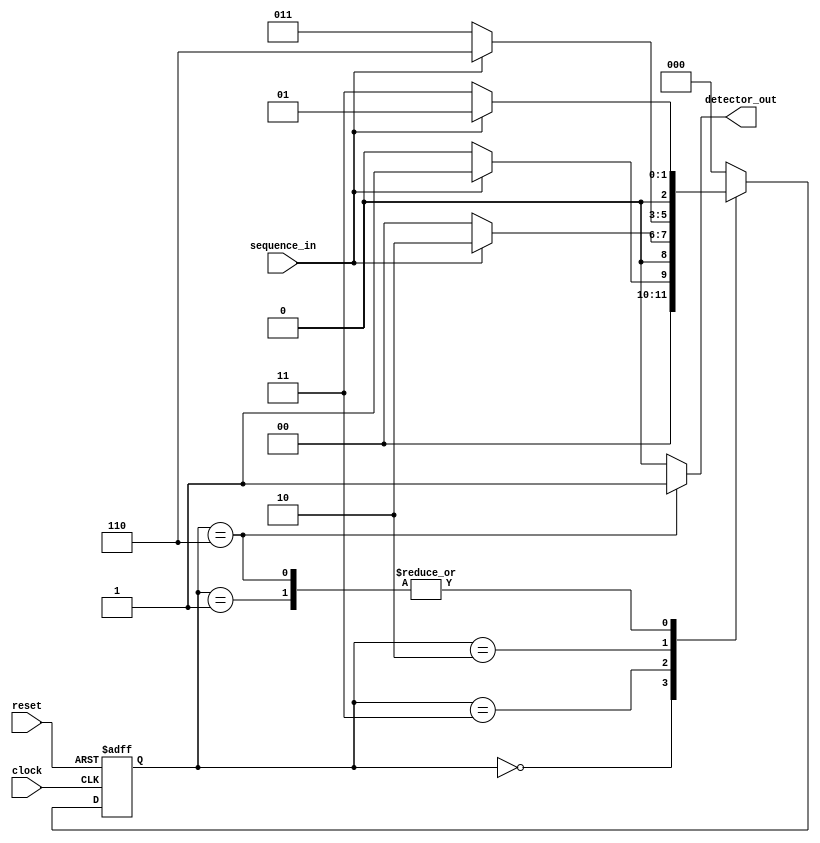
module Sequence_Detector_MOORE_Verilog(sequence_in,clock,reset,detector_out);
input clock; // clock signal
input reset; // reset input
input sequence_in; // binary input
output reg detector_out; // output of the sequence detector
//The parameters are declared corresponding to different states of the machine
parameter  Zero=3'b000, 
  One=3'b001, 
  OneZero=3'b011, 
  OneZeroOne=3'b010, 
  OneZeroOneOne=3'b110;
reg [2:0] current_state, next_state; // current state and next state
// sequential memory of the Moore FSM
always @(posedge clock, posedge reset)
begin
 if(reset==1) 
 current_state <= Zero;// when reset=1, reset the state of the FSM to its initial state
 else
 current_state <= next_state; // otherwise, next state
end 
// combinational logic of the Moore FSM
// to determine next state 
always @(current_state,sequence_in)
begin
 case(current_state) 
 Zero:begin
  if(sequence_in==1)
   next_state = One;
  else
   next_state = Zero;
 end
 One:begin
  if(sequence_in==0)
   next_state = OneZero;
  else
   next_state = One;
 end
 OneZero:begin
  if(sequence_in==0)
   next_state = Zero;
  else
   next_state = OneZeroOne;
 end 
 OneZeroOne:begin
  if(sequence_in==0)
   next_state = OneZero;
  else
   next_state = OneZeroOneOne;
 end
 OneZeroOneOne:begin
  if(sequence_in==0)
   next_state = OneZero;
  else
   next_state = One;
 end
 default:next_state = Zero;
 endcase
end
// combinational logic to determine the output
// of the Moore FSM, output only depends on current state
always @(current_state)
begin 
 case(current_state) 
 Zero:   detector_out = 0;
 One:   detector_out = 0;
 OneZero:  detector_out = 0;
 OneZeroOne:  detector_out = 0;
 OneZeroOneOne:  detector_out = 1;
 default:  detector_out = 0;
 endcase
end 
endmodule